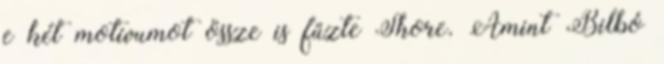
e két motívumot össze is fűzte Shore. Amint Bilbó